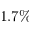
1 . 7 \%